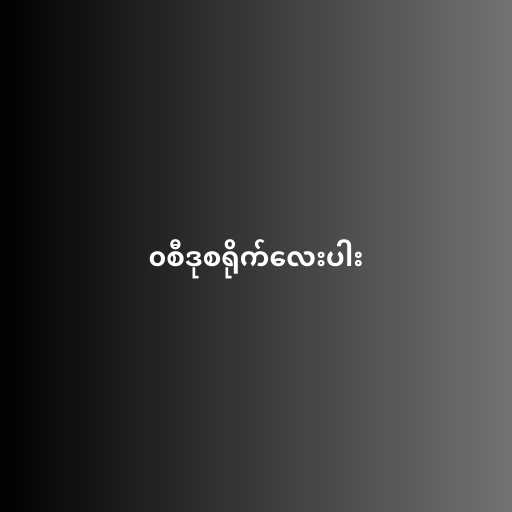
၀စီဒုစရိုက်လေးပါး